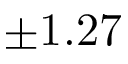
\pm 1 . 2 7